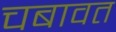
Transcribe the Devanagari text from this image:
चबावत